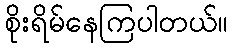
စိုးရိမ်နေကြပါတယ်။